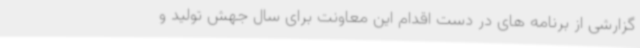
گزارشی از برنامه های در دست اقدام این معاونت برای سال جهش تولید و